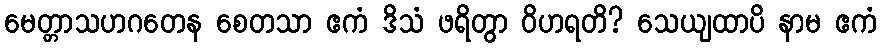
မေတ္တာသဟဂတေန စေတသာ ဧကံ ဒိသံ ဖရိတွာ ဝိဟရတိ? သေယျထာပိ နာမ ဧကံ